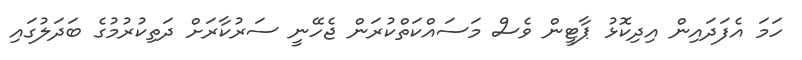
ހަމަ އެފަދައިން އިދިކޮޅު ޕާޓީން ވެސް މަސައްކަތްކުރަން ޖެހޭނީ ސަރުކާރަށް ދަތިކުރުމުގެ ބަދަލުގައި